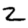
Digit: 2